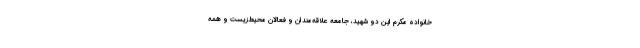
خانواده مکرم این دو شهید، جامعه علاقه‌مندان و فعالان محیط‌زیست و همه